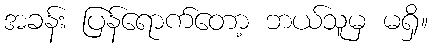
အခန်း ပြန်ရောက်တော့ ဘယ်သူမှ မရှိ။